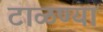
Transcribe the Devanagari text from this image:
टाळण्या